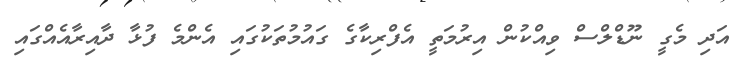
އަދި މެގީ ނޫޑްލްސް ވިއްކުން އިރުމަތީ އެފްރިކާގެ ގައުމުތަކުގައި އެންމެ ފުޅާ ދާއިރާއެއްގައި